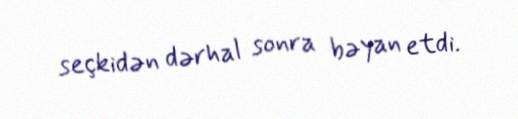
seçkidən dərhal sonra bəyan etdi.